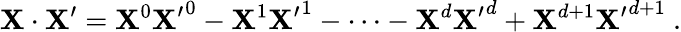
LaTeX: \mathbf{X}\cdot\mathbf{X}^{\prime}={\mathbf{X}^{0}}{\mathbf{X}^{\prime}}^{0}-{\mathbf{X}^{1}}{\mathbf{X}^{\prime}}^{1}-\cdots-{\mathbf{X}^{d}}{\mathbf{X}^{\prime}}^{d}+\mathbf{X}^{d+1}{\mathbf{X}^{\prime}}^{d+1}\ .